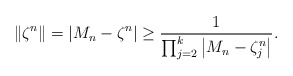
\begin{align*} \left\Vert \zeta^{n}\right\Vert = \vert M_{n}-\zeta^{n}\vert\geq \frac{1}{\prod_{j=2}^{k} \left\vert M_{n}-\zeta_{j}^{n}\right\vert}.\end{align*}